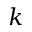
k